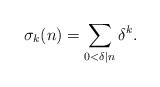
LaTeX: \begin{align*} \sigma_{k}(n) = \sum_{0<\delta|n}\delta^{k}. \end{align*}